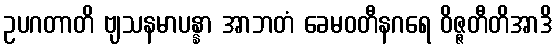
ဥပဂတာတိ ဗျသနမာပန္နာ အာဘတံ ခေမဝတီနဂရေ ဝိဇ္ဇတီတိအာဒိ